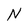
Character: N